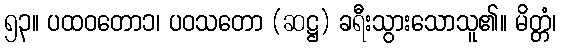
၅၃။ ပထဝတော၁၊ ပဝသတော (ဆဋ္ဌ) ခရီးသွားသောသူ၏။ မိတ္တံ၊